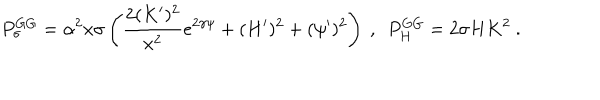
P _ { \sigma } ^ { G G } = \alpha ^ { 2 } x \sigma \left( \frac { 2 ( K ^ { \prime } ) ^ { 2 } } { x ^ { 2 } } e ^ { 2 \gamma \psi } + ( H ^ { \prime } ) ^ { 2 } + ( \psi ^ { \prime } ) ^ { 2 } \right) \ , \ \ P _ { H } ^ { G G } = 2 \sigma H K ^ { 2 } \ .